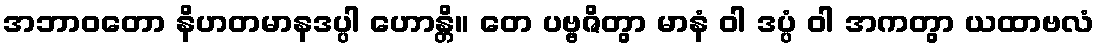
အဘာဝတော နိဟတမာနဒပ္ပါ ဟောန္တိ။ တေ ပဗ္ဗဇိတွာ မာနံ ဝါ ဒပ္ပံ ဝါ အကတွာ ယထာဗလံ